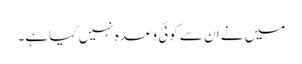
میں نے ان سے کوئی وعدہ نہیں کیا ہے۔